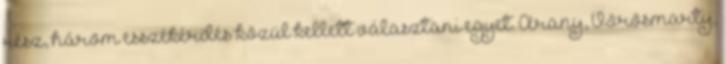
rész, három esszékérdés közül kellett választani egyet. Arany, Vörösmarty,